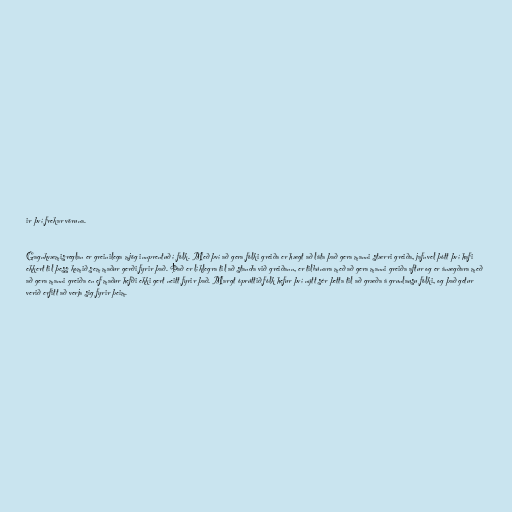
ir því frekar vöruna.

Gagnkvæmisreglan er greinilega mjög innprentuð í fólk. Með því að gera fólki greiða er hægt að láta það gera manni stærri greiða, jafnvel þótt því hafi
ekkert til þess komið sem maður gerði fyrir það. Það er líklegra til að standa við greiðann, er tilbúnara með að gera manni greiða aftur og er ánægðara með
að gera manni greiða en ef maður hefði ekki gert neitt fyrir það. Margt óprúttið fólk hefur því nýtt sér þetta til að græða á grunlausu fólki, og það getur
verið erfitt að verja sig fyrir þeim.